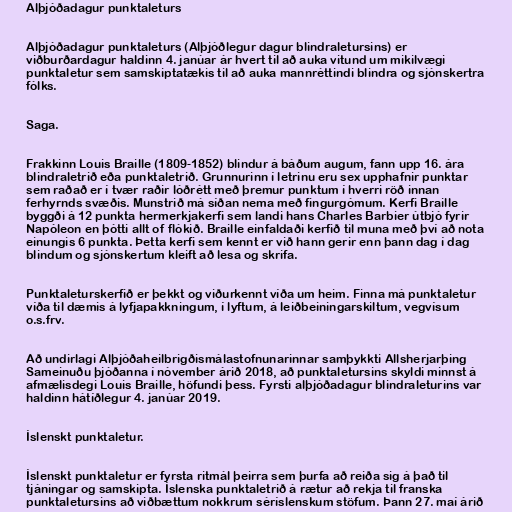
Alþjóðadagur punktaleturs

Alþjóðadagur punktaleturs (Alþjóðlegur dagur blindraletursins) er
viðburðardagur haldinn 4. janúar ár hvert til að auka vitund um mikilvægi
punktaletur sem samskiptatækis til að auka mannréttindi blindra og sjónskertra
fólks.

Saga.

Frakkinn Louis Braille (1809-1852) blindur á báðum augum, fann upp 16. ára
blindraletrið eða punktaletrið. Grunnurinn í letrinu eru sex upphafnir punktar
sem raðað er í tvær raðir lóðrétt með þremur punktum í hverri röð innan
ferhyrnds svæðis. Munstrið má síðan nema með fingurgómum. Kerfi Braille
byggði á 12 punkta hermerkjakerfi sem landi hans Charles Barbier útbjó fyrir
Napóleon en þótti allt of flókið. Braille einfaldaði kerfið til muna með því að nota
einungis 6 punkta. Þetta kerfi sem kennt er við hann gerir enn þann dag í dag
blindum og sjónskertum kleift að lesa og skrifa.

Punktaleturskerfið er þekkt og viðurkennt víða um heim. Finna má punktaletur
víða til dæmis á lyfjapakkningum, í lyftum, á leiðbeiningarskiltum, vegvísum
o.s.frv.

Að undirlagi Alþjóðaheilbrigðismálastofnunarinnar samþykkti Allsherjarþing
Sameinuðu þjóðanna í nóvember árið 2018, að punktaletursins skyldi minnst á
afmælisdegi Louis Braille, höfundi þess. Fyrsti alþjóðadagur blindraleturins var
haldinn hátíðlegur 4. janúar 2019.

Íslenskt punktaletur.

Íslenskt punktaletur er fyrsta ritmál þeirra sem þurfa að reiða sig á það til
tjáningar og samskipta. Íslenska punktaletrið á rætur að rekja til franska
punktaletursins að viðbættum nokkrum séríslenskum stöfum. Þann 27. maí árið